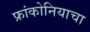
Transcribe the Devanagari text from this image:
फ्रांकोनियाचा